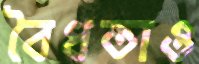
বৈধতাও